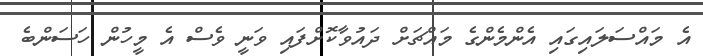
އެ މައްސަލައިގައި އެންމެންގެ މައްޗަށް ދައުވާކޮށްފައި ވަނީ ވެސް އެ މީހުން ހަސަންބެ